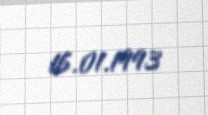
16.01.1993